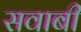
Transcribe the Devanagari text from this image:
सवाबी